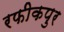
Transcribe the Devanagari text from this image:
रफीकपुर